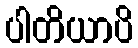
ပါတိယာပိ